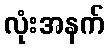
လုံးအနက်